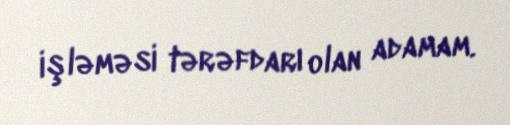
işləməsi tərəfdarı olan adamam.